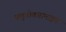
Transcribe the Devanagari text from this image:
फ्लुवोक्जामाइन